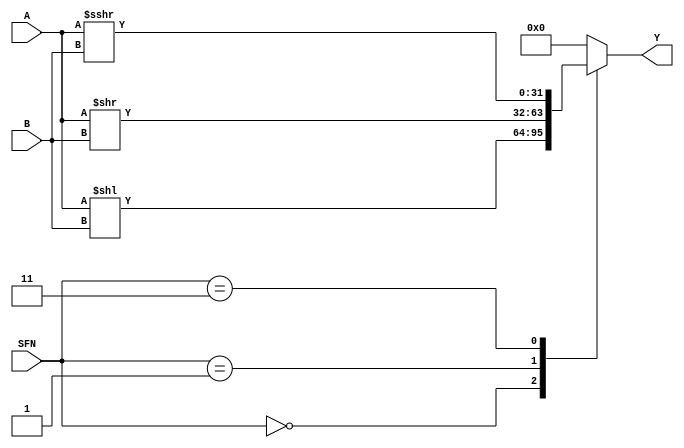
 
//////////////////////////////////////////////////////////////////////////////////
 
 
// Module Name:    SHIFT 
 
// Description: it provides logical left shift , logical right shift and arithmatic right shift operations. 
// 
//
// Revision: 
// 
// Additional Comments: These shift operations will be performed on a 32 bit input dpending on another 5 bit input named SFN.
//
//////////////////////////////////////////////////////////////////////////////////

 module SHIFT(A,B,SFN,Y);
 input signed[31:0]A;
 input [4:0]B;
 input[1:0]SFN;
 output reg signed[31:0]Y;
 /* parameter LS  = 2'b00,
           RS  = 2'b01,
           ARS  = 2'b11; */
			 
 always@*
 begin
   case(SFN)
		2'b00: Y=(A<<B);
	 
		2'b01: Y=(A>>B);
		
		2'b11: Y=(A>>>B);
		
		default: Y=0;
   endcase
 end
 
endmodule